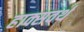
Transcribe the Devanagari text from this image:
हाक्सवर्थ